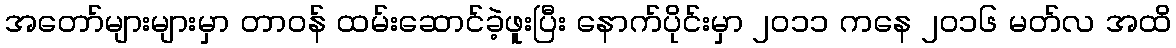
အတော်များများမှာ တာဝန် ထမ်းဆောင်ခဲ့ဖူးပြီး နောက်ပိုင်းမှာ ၂၀၁၁ ကနေ ၂၀၁၆ မတ်လ အထိ